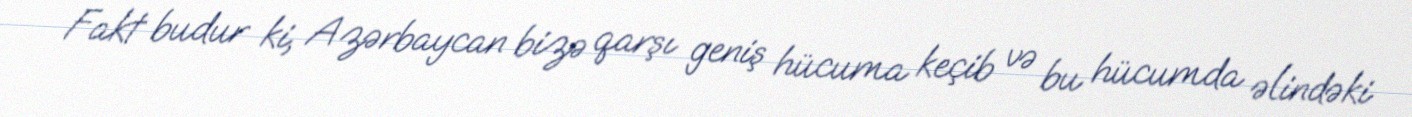
Fakt budur ki, Azərbaycan bizə qarşı geniş hücuma keçib və bu hücumda əlindəki